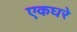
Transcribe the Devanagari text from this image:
एकघरे